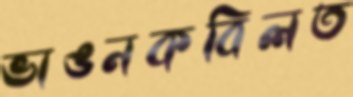
ভাঙনকবিলত